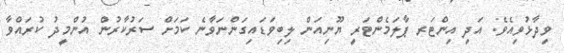
ވިދާޅުވިއެވެ. އަދި އިންޓަރ ޕާލަމެންޓަރީ ޔޫނިއަން ލިބިވަޑައިގަންނަވާނެ ކަމަށް ސަރުކާރުން އުންމީދު ކުރައްވާ